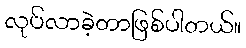
လုပ်လာခဲ့တာဖြစ်ပါတယ်။